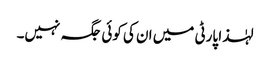
لہٰذا پارٹی میں ان کی کوئی جگہ نہیں۔